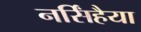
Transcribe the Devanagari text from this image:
नर्सिंहैया